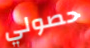
حصولي